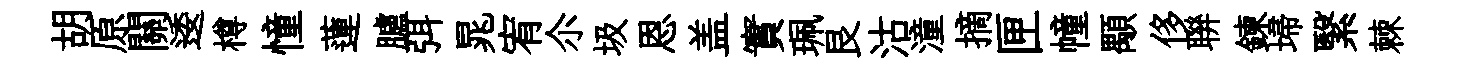
胡原關逶樽憧蓮臚弭晁宥尒圾恩盖實珮艮沽潼摘匣幢顒侈聨鍊埽繄棘